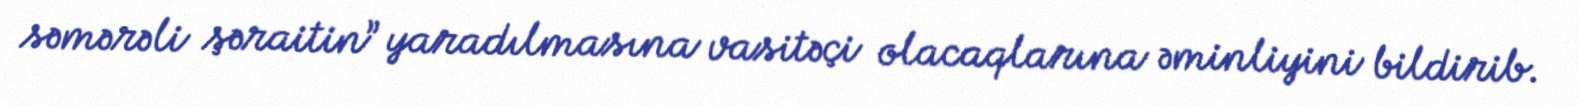
səmərəli şəraitin” yaradılmasına vasitəçi olacaqlarına əminliyini bildirib.